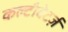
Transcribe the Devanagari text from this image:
कल्टीवेटर्ज़